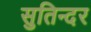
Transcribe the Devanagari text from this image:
सुतिन्दर